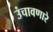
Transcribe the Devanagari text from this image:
उंचावणारे